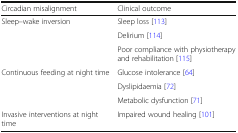
<table><thead><tr><td><b>Circadian misalignment</b></td><td><b>Clinical outcome</b></td></tr></thead><tbody><tr><td rowspan="3">Sleep–wake inversion</td><td>Sleep loss [113]</td></tr><tr><td>Delirium [114]</td></tr><tr><td>Poor compliance with physiotherapy and rehabilitation [115]</td></tr><tr><td rowspan="3">Continuous feeding at night time</td><td>Glucose intolerance [64]</td></tr><tr><td>Dyslipidaemia [72]</td></tr><tr><td>Metabolic dysfunction [71]</td></tr><tr><td>Invasive interventions at night time</td><td>Impaired wound healing [101]</td></tr></tbody></table>